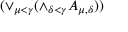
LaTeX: ( \lor _ { \mu < \gamma } { ( \land _ { \delta < \gamma } { A _ { \mu , \delta } } ) } )